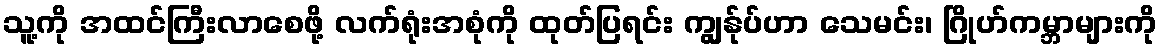
သူ့ကို အထင်ကြီးလာစေဖို့ လက်ရုံးအစုံကို ထုတ်ပြရင်း ကျွန်ုပ်ဟာ သေမင်း၊ ဂြိုဟ်ကမ္ဘာများကို